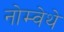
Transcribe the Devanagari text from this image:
नोम्वेथे